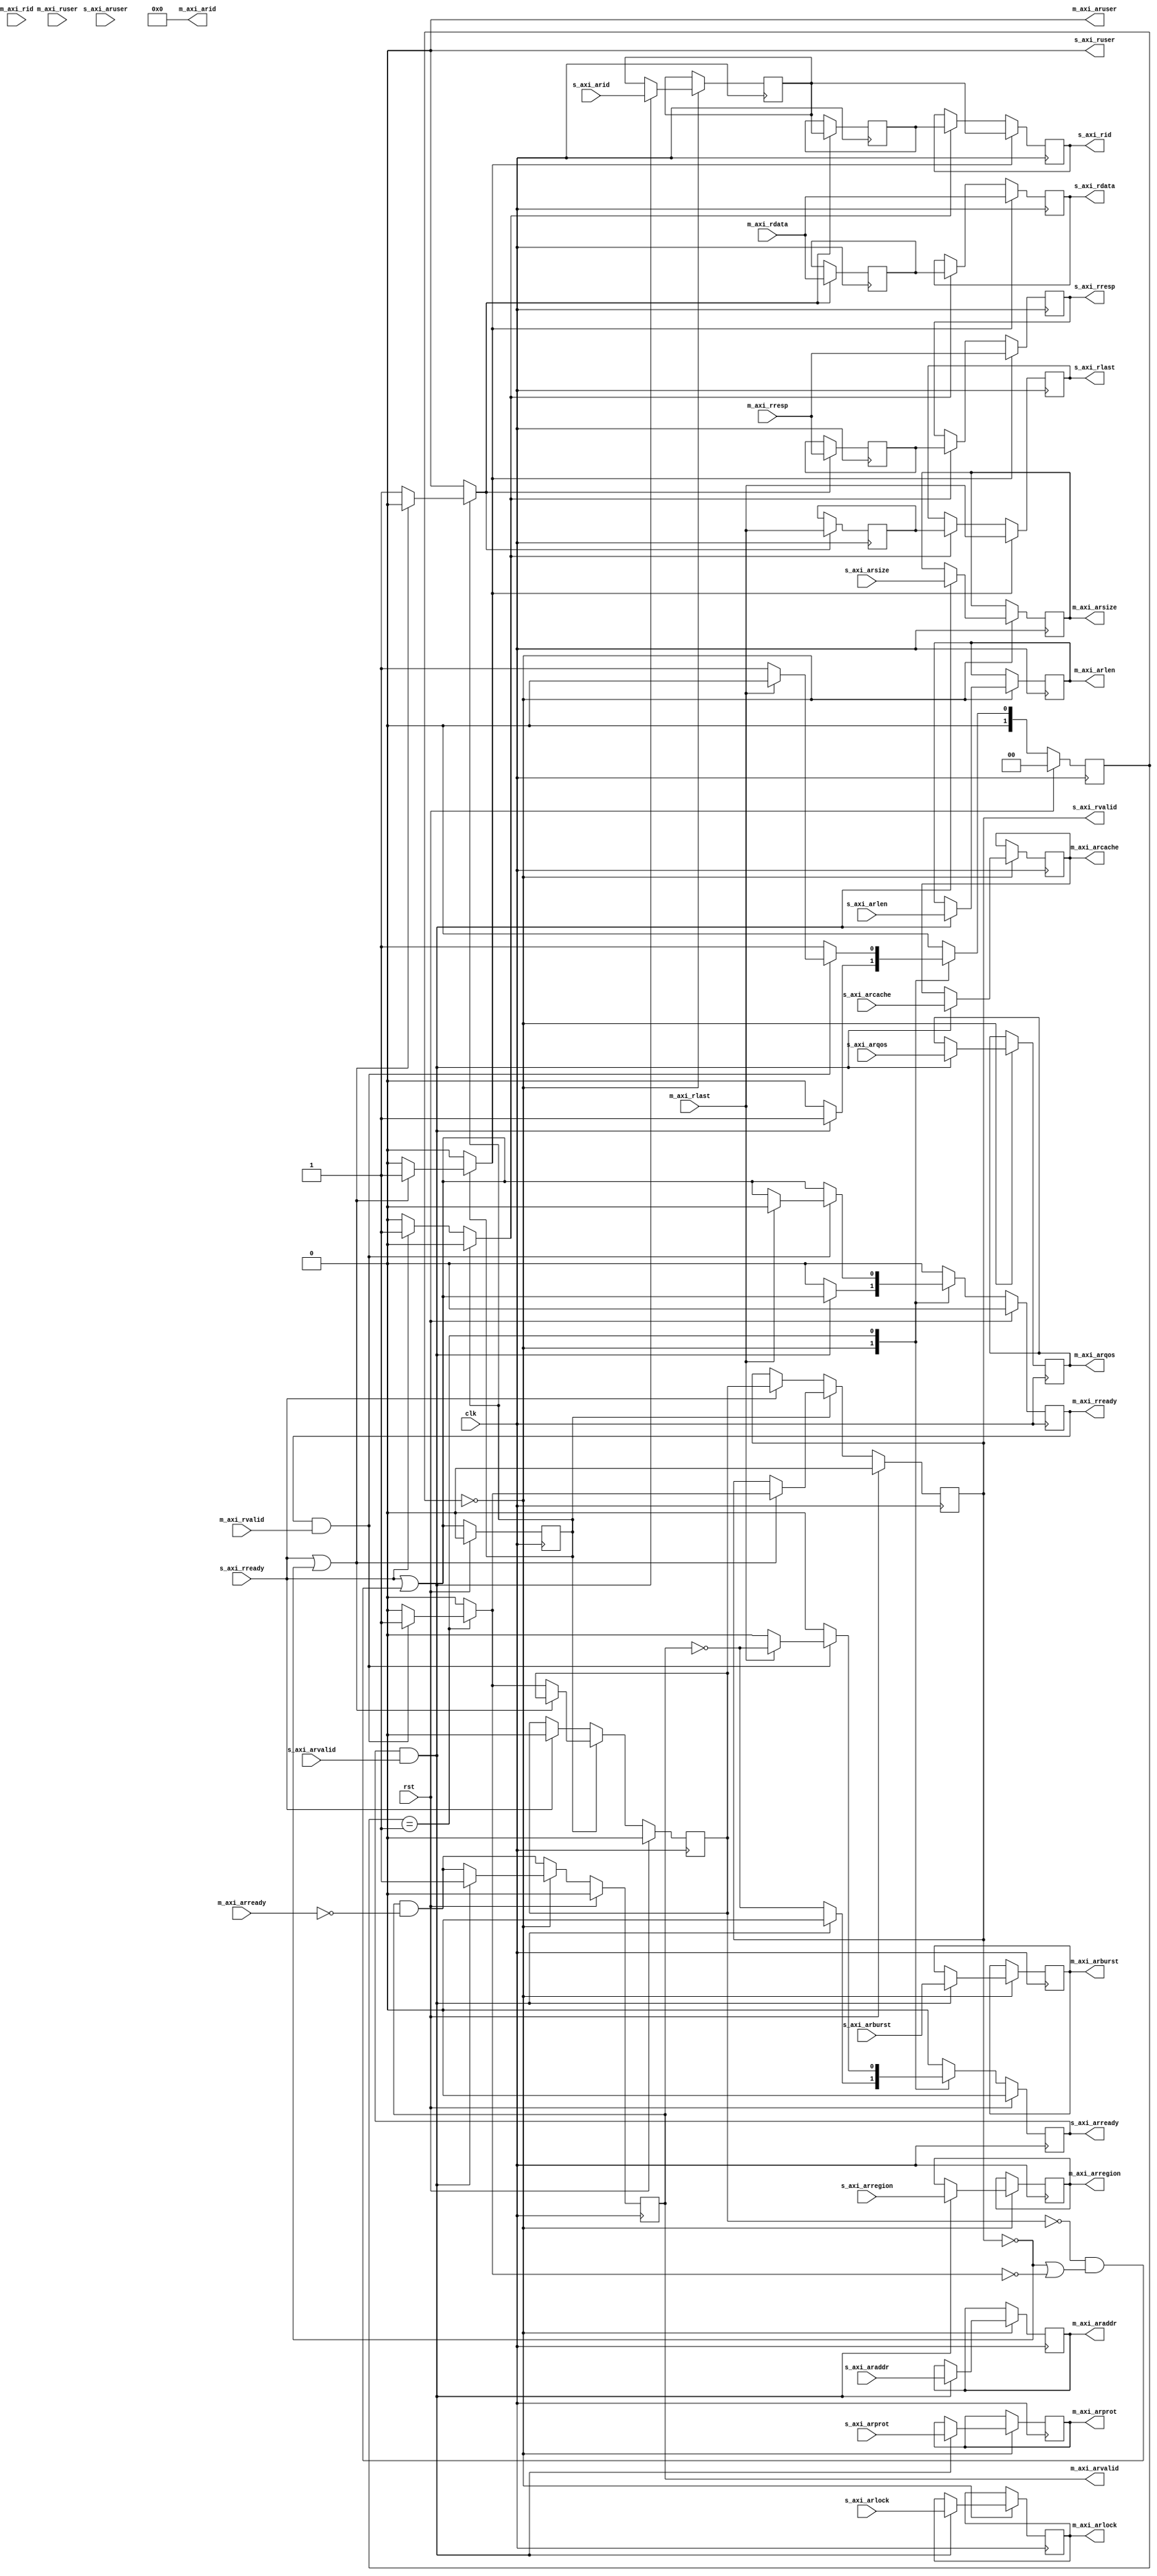
/*

Copyright (c) 2018 Alex Forencich

Permission is hereby granted, free of charge, to any person obtaining a copy
of this software and associated documentation files (the "Software"), to deal
in the Software without restriction, including without limitation the rights
to use, copy, modify, merge, publish, distribute, sublicense, and/or sell
copies of the Software, and to permit persons to whom the Software is
furnished to do so, subject to the following conditions:

The above copyright notice and this permission notice shall be included in
all copies or substantial portions of the Software.

THE SOFTWARE IS PROVIDED "AS IS", WITHOUT WARRANTY OF ANY KIND, EXPRESS OR
IMPLIED, INCLUDING BUT NOT LIMITED TO THE WARRANTIES OF MERCHANTABILITY
FITNESS FOR A PARTICULAR PURPOSE AND NONINFRINGEMENT. IN NO EVENT SHALL THE
AUTHORS OR COPYRIGHT HOLDERS BE LIABLE FOR ANY CLAIM, DAMAGES OR OTHER
LIABILITY, WHETHER IN AN ACTION OF CONTRACT, TORT OR OTHERWISE, ARISING FROM,
OUT OF OR IN CONNECTION WITH THE SOFTWARE OR THE USE OR OTHER DEALINGS IN
THE SOFTWARE.

*/

// Language: Verilog 2001

`timescale 1ns / 1ps

/*
 * AXI4 width adapter
 */
module axi_adapter_rd #
(
    // Width of address bus in bits
    parameter ADDR_WIDTH = 32,
    // Width of input (slave) interface data bus in bits
    parameter S_DATA_WIDTH = 32,
    // Width of input (slave) interface wstrb (width of data bus in words)
    parameter S_STRB_WIDTH = (S_DATA_WIDTH/8),
    // Width of output (master) interface data bus in bits
    parameter M_DATA_WIDTH = 32,
    // Width of output (master) interface wstrb (width of data bus in words)
    parameter M_STRB_WIDTH = (M_DATA_WIDTH/8),
    // Width of ID signal
    parameter ID_WIDTH = 8,
    // Propagate aruser signal
    parameter ARUSER_ENABLE = 0,
    // Width of aruser signal
    parameter ARUSER_WIDTH = 1,
    // Propagate ruser signal
    parameter RUSER_ENABLE = 0,
    // Width of ruser signal
    parameter RUSER_WIDTH = 1,
    // When adapting to a wider bus, re-pack full-width burst instead of passing through narrow burst if possible
    parameter CONVERT_BURST = 1,
    // When adapting to a wider bus, re-pack all bursts instead of passing through narrow burst if possible
    parameter CONVERT_NARROW_BURST = 0,
    // Forward ID through adapter
    parameter FORWARD_ID = 0
)
(
    input  wire                     clk,
    input  wire                     rst,

    /*
     * AXI slave interface
     */
    input  wire [ID_WIDTH-1:0]      s_axi_arid,
    input  wire [ADDR_WIDTH-1:0]    s_axi_araddr,
    input  wire [7:0]               s_axi_arlen,
    input  wire [2:0]               s_axi_arsize,
    input  wire [1:0]               s_axi_arburst,
    input  wire                     s_axi_arlock,
    input  wire [3:0]               s_axi_arcache,
    input  wire [2:0]               s_axi_arprot,
    input  wire [3:0]               s_axi_arqos,
    input  wire [3:0]               s_axi_arregion,
    input  wire [ARUSER_WIDTH-1:0]  s_axi_aruser,
    input  wire                     s_axi_arvalid,
    output wire                     s_axi_arready,
    output wire [ID_WIDTH-1:0]      s_axi_rid,
    output wire [S_DATA_WIDTH-1:0]  s_axi_rdata,
    output wire [1:0]               s_axi_rresp,
    output wire                     s_axi_rlast,
    output wire [RUSER_WIDTH-1:0]   s_axi_ruser,
    output wire                     s_axi_rvalid,
    input  wire                     s_axi_rready,

    /*
     * AXI master interface
     */
    output wire [ID_WIDTH-1:0]      m_axi_arid,
    output wire [ADDR_WIDTH-1:0]    m_axi_araddr,
    output wire [7:0]               m_axi_arlen,
    output wire [2:0]               m_axi_arsize,
    output wire [1:0]               m_axi_arburst,
    output wire                     m_axi_arlock,
    output wire [3:0]               m_axi_arcache,
    output wire [2:0]               m_axi_arprot,
    output wire [3:0]               m_axi_arqos,
    output wire [3:0]               m_axi_arregion,
    output wire [ARUSER_WIDTH-1:0]  m_axi_aruser,
    output wire                     m_axi_arvalid,
    input  wire                     m_axi_arready,
    input  wire [ID_WIDTH-1:0]      m_axi_rid,
    input  wire [M_DATA_WIDTH-1:0]  m_axi_rdata,
    input  wire [1:0]               m_axi_rresp,
    input  wire                     m_axi_rlast,
    input  wire [RUSER_WIDTH-1:0]   m_axi_ruser,
    input  wire                     m_axi_rvalid,
    output wire                     m_axi_rready
);

parameter S_ADDR_BIT_OFFSET = $clog2(S_STRB_WIDTH);
parameter M_ADDR_BIT_OFFSET = $clog2(M_STRB_WIDTH);
parameter S_WORD_WIDTH = S_STRB_WIDTH;
parameter M_WORD_WIDTH = M_STRB_WIDTH;
parameter S_WORD_SIZE = S_DATA_WIDTH/S_WORD_WIDTH;
parameter M_WORD_SIZE = M_DATA_WIDTH/M_WORD_WIDTH;
parameter S_BURST_SIZE = $clog2(S_STRB_WIDTH);
parameter M_BURST_SIZE = $clog2(M_STRB_WIDTH);

// output bus is wider
parameter EXPAND = M_STRB_WIDTH > S_STRB_WIDTH;
parameter DATA_WIDTH = EXPAND ? M_DATA_WIDTH : S_DATA_WIDTH;
parameter STRB_WIDTH = EXPAND ? M_STRB_WIDTH : S_STRB_WIDTH;
// required number of segments in wider bus
parameter SEGMENT_COUNT = EXPAND ? (M_STRB_WIDTH / S_STRB_WIDTH) : (S_STRB_WIDTH / M_STRB_WIDTH);
// data width and keep width per segment
parameter SEGMENT_DATA_WIDTH = DATA_WIDTH / SEGMENT_COUNT;
parameter SEGMENT_STRB_WIDTH = STRB_WIDTH / SEGMENT_COUNT;

// bus width assertions
initial begin
    if (S_WORD_SIZE * S_STRB_WIDTH != S_DATA_WIDTH) begin
        $error("Error: AXI slave interface data width not evenly divisble (instance %m)");
        $finish;
    end

    if (M_WORD_SIZE * M_STRB_WIDTH != M_DATA_WIDTH) begin
        $error("Error: AXI master interface data width not evenly divisble (instance %m)");
        $finish;
    end

    if (S_WORD_SIZE != M_WORD_SIZE) begin
        $error("Error: word size mismatch (instance %m)");
        $finish;
    end

    if (2**$clog2(S_WORD_WIDTH) != S_WORD_WIDTH) begin
        $error("Error: AXI slave interface word width must be even power of two (instance %m)");
        $finish;
    end

    if (2**$clog2(M_WORD_WIDTH) != M_WORD_WIDTH) begin
        $error("Error: AXI master interface word width must be even power of two (instance %m)");
        $finish;
    end
end

localparam [1:0]
    STATE_IDLE = 2'd0,
    STATE_DATA = 2'd1,
    STATE_DATA_READ = 2'd2,
    STATE_DATA_SPLIT = 2'd3;

reg [1:0] state_reg = STATE_IDLE, state_next;

reg [ID_WIDTH-1:0] id_reg = {ID_WIDTH{1'b0}}, id_next;
reg [ADDR_WIDTH-1:0] addr_reg = {ADDR_WIDTH{1'b0}}, addr_next;
reg [DATA_WIDTH-1:0] data_reg = {DATA_WIDTH{1'b0}}, data_next;
reg [1:0] resp_reg = 2'd0, resp_next;
reg [RUSER_WIDTH-1:0] ruser_reg = {RUSER_WIDTH{1'b0}}, ruser_next;
reg [7:0] burst_reg = 8'd0, burst_next;
reg [2:0] burst_size_reg = 3'd0, burst_size_next;
reg [7:0] master_burst_reg = 8'd0, master_burst_next;
reg [2:0] master_burst_size_reg = 3'd0, master_burst_size_next;

reg s_axi_arready_reg = 1'b0, s_axi_arready_next;

reg [ID_WIDTH-1:0] m_axi_arid_reg = {ID_WIDTH{1'b0}}, m_axi_arid_next;
reg [ADDR_WIDTH-1:0] m_axi_araddr_reg = {ADDR_WIDTH{1'b0}}, m_axi_araddr_next;
reg [7:0] m_axi_arlen_reg = 8'd0, m_axi_arlen_next;
reg [2:0] m_axi_arsize_reg = 3'd0, m_axi_arsize_next;
reg [1:0] m_axi_arburst_reg = 2'd0, m_axi_arburst_next;
reg m_axi_arlock_reg = 1'b0, m_axi_arlock_next;
reg [3:0] m_axi_arcache_reg = 4'd0, m_axi_arcache_next;
reg [2:0] m_axi_arprot_reg = 3'd0, m_axi_arprot_next;
reg [3:0] m_axi_arqos_reg = 4'd0, m_axi_arqos_next;
reg [3:0] m_axi_arregion_reg = 4'd0, m_axi_arregion_next;
reg [ARUSER_WIDTH-1:0] m_axi_aruser_reg = {ARUSER_WIDTH{1'b0}}, m_axi_aruser_next;
reg m_axi_arvalid_reg = 1'b0, m_axi_arvalid_next;
reg m_axi_rready_reg = 1'b0, m_axi_rready_next;

// internal datapath
reg  [ID_WIDTH-1:0]     s_axi_rid_int;
reg  [S_DATA_WIDTH-1:0] s_axi_rdata_int;
reg  [1:0]              s_axi_rresp_int;
reg                     s_axi_rlast_int;
reg  [RUSER_WIDTH-1:0]  s_axi_ruser_int;
reg                     s_axi_rvalid_int;
reg                     s_axi_rready_int_reg = 1'b0;
wire                    s_axi_rready_int_early;

assign s_axi_arready = s_axi_arready_reg;

assign m_axi_arid = FORWARD_ID ? m_axi_arid_reg : {ID_WIDTH{1'b0}};
assign m_axi_araddr = m_axi_araddr_reg;
assign m_axi_arlen = m_axi_arlen_reg;
assign m_axi_arsize = m_axi_arsize_reg;
assign m_axi_arburst = m_axi_arburst_reg;
assign m_axi_arlock = m_axi_arlock_reg;
assign m_axi_arcache = m_axi_arcache_reg;
assign m_axi_arprot = m_axi_arprot_reg;
assign m_axi_arqos = m_axi_arqos_reg;
assign m_axi_arregion = m_axi_arregion_reg;
assign m_axi_aruser = ARUSER_ENABLE ? m_axi_aruser_reg : {ARUSER_WIDTH{1'b0}};
assign m_axi_arvalid = m_axi_arvalid_reg;
assign m_axi_rready = m_axi_rready_reg;

always @* begin
    state_next = STATE_IDLE;

    id_next = id_reg;
    addr_next = addr_reg;
    data_next = data_reg;
    resp_next = resp_reg;
    ruser_next = ruser_reg;
    burst_next = burst_reg;
    burst_size_next = burst_size_reg;
    master_burst_next = master_burst_reg;
    master_burst_size_next = master_burst_size_reg;

    s_axi_arready_next = 1'b0;
    m_axi_arid_next = m_axi_arid_reg;
    m_axi_araddr_next = m_axi_araddr_reg;
    m_axi_arlen_next = m_axi_arlen_reg;
    m_axi_arsize_next = m_axi_arsize_reg;
    m_axi_arburst_next = m_axi_arburst_reg;
    m_axi_arlock_next = m_axi_arlock_reg;
    m_axi_arcache_next = m_axi_arcache_reg;
    m_axi_arprot_next = m_axi_arprot_reg;
    m_axi_arqos_next = m_axi_arqos_reg;
    m_axi_arregion_next = m_axi_arregion_reg;
    m_axi_aruser_next = m_axi_aruser_reg;
    m_axi_arvalid_next = m_axi_arvalid_reg && !m_axi_arready;
    m_axi_rready_next = 1'b0;

    if (SEGMENT_COUNT == 1) begin
        // master output is same width; direct transfer with no splitting/merging
        s_axi_rid_int = id_reg;
        s_axi_rdata_int = m_axi_rdata;
        s_axi_rresp_int = m_axi_rresp;
        s_axi_rlast_int = m_axi_rlast;
        s_axi_ruser_int = m_axi_ruser;
        s_axi_rvalid_int = 0;

        case (state_reg)
            STATE_IDLE: begin
                // idle state; wait for new burst
                s_axi_arready_next = !m_axi_arvalid;

                if (s_axi_arready && s_axi_arvalid) begin
                    s_axi_arready_next = 1'b0;
                    id_next = s_axi_arid;
                    m_axi_arid_next = s_axi_arid;
                    m_axi_araddr_next = s_axi_araddr;
                    m_axi_arlen_next = s_axi_arlen;
                    m_axi_arsize_next = s_axi_arsize;
                    m_axi_arburst_next = s_axi_arburst;
                    m_axi_arlock_next = s_axi_arlock;
                    m_axi_arcache_next = s_axi_arcache;
                    m_axi_arprot_next = s_axi_arprot;
                    m_axi_arqos_next = s_axi_arqos;
                    m_axi_arregion_next = s_axi_arregion;
                    m_axi_aruser_next = s_axi_aruser;
                    m_axi_arvalid_next = 1'b1;
                    m_axi_rready_next = s_axi_rready_int_early;
                    state_next = STATE_DATA;
                end else begin
                    state_next = STATE_IDLE;
                end
            end
            STATE_DATA: begin
                // data state; transfer read data
                m_axi_rready_next = s_axi_rready_int_early;

                if (m_axi_rready && m_axi_rvalid) begin
                    s_axi_rid_int = id_reg;
                    s_axi_rdata_int = m_axi_rdata;
                    s_axi_rresp_int = m_axi_rresp;
                    s_axi_rlast_int = m_axi_rlast;
                    s_axi_ruser_int = m_axi_ruser;
                    s_axi_rvalid_int = 1'b1;
                    if (m_axi_rlast) begin
                        // last data word, return to idle
                        m_axi_rready_next = 1'b0;
                        s_axi_arready_next = !m_axi_arvalid;
                        state_next = STATE_IDLE;
                    end else begin
                        state_next = STATE_DATA;
                    end
                end else begin
                    state_next = STATE_DATA;
                end
            end
        endcase
    end else if (EXPAND) begin
        // master output is wider; split reads
        s_axi_rid_int = id_reg;
        s_axi_rdata_int = m_axi_rdata;
        s_axi_rresp_int = m_axi_rresp;
        s_axi_rlast_int = m_axi_rlast;
        s_axi_ruser_int = m_axi_ruser;
        s_axi_rvalid_int = 0;

        case (state_reg)
            STATE_IDLE: begin
                // idle state; wait for new burst
                s_axi_arready_next = !m_axi_arvalid;

                if (s_axi_arready && s_axi_arvalid) begin
                    s_axi_arready_next = 1'b0;
                    id_next = s_axi_arid;
                    m_axi_arid_next = s_axi_arid;
                    m_axi_araddr_next = s_axi_araddr;
                    addr_next = s_axi_araddr;
                    burst_next = s_axi_arlen;
                    burst_size_next = s_axi_arsize;
                    if (CONVERT_BURST && s_axi_arcache[1] && (CONVERT_NARROW_BURST || s_axi_arsize == S_BURST_SIZE)) begin
                        // split reads
                        // require CONVERT_BURST and arcache[1] set
                        master_burst_size_next = M_BURST_SIZE;
                        if (CONVERT_NARROW_BURST) begin
                            m_axi_arlen_next = (({{S_ADDR_BIT_OFFSET+1{1'b0}}, s_axi_arlen} << s_axi_arsize) + s_axi_araddr[M_ADDR_BIT_OFFSET-1:0]) >> M_BURST_SIZE;
                        end else begin
                            m_axi_arlen_next = ({1'b0, s_axi_arlen} + s_axi_araddr[M_ADDR_BIT_OFFSET-1:S_ADDR_BIT_OFFSET]) >> $clog2(SEGMENT_COUNT);
                        end
                        m_axi_arsize_next = M_BURST_SIZE;
                        state_next = STATE_DATA_READ;
                    end else begin
                        // output narrow burst
                        master_burst_size_next = s_axi_arsize;
                        m_axi_arlen_next = s_axi_arlen;
                        m_axi_arsize_next = s_axi_arsize;
                        state_next = STATE_DATA;
                    end
                    m_axi_arburst_next = s_axi_arburst;
                    m_axi_arlock_next = s_axi_arlock;
                    m_axi_arcache_next = s_axi_arcache;
                    m_axi_arprot_next = s_axi_arprot;
                    m_axi_arqos_next = s_axi_arqos;
                    m_axi_arregion_next = s_axi_arregion;
                    m_axi_aruser_next = s_axi_aruser;
                    m_axi_arvalid_next = 1'b1;
                    m_axi_rready_next = s_axi_rready_int_early;
                end else begin
                    state_next = STATE_IDLE;
                end
            end
            STATE_DATA: begin
                m_axi_rready_next = s_axi_rready_int_early;

                if (m_axi_rready && m_axi_rvalid) begin
                    s_axi_rid_int = id_reg;
                    s_axi_rdata_int = m_axi_rdata >> (addr_reg[M_ADDR_BIT_OFFSET-1:S_ADDR_BIT_OFFSET] * S_DATA_WIDTH);
                    s_axi_rresp_int = m_axi_rresp;
                    s_axi_rlast_int = m_axi_rlast;
                    s_axi_ruser_int = m_axi_ruser;
                    s_axi_rvalid_int = 1'b1;
                    addr_next = addr_reg + (1 << burst_size_reg);
                    if (m_axi_rlast) begin
                        m_axi_rready_next = 1'b0;
                        s_axi_arready_next = !m_axi_arvalid;
                        state_next = STATE_IDLE;
                    end else begin
                        state_next = STATE_DATA;
                    end
                end else begin
                    state_next = STATE_DATA;
                end
            end
            STATE_DATA_READ: begin
                m_axi_rready_next = s_axi_rready_int_early;

                if (m_axi_rready && m_axi_rvalid) begin
                    s_axi_rid_int = id_reg;
                    data_next = m_axi_rdata;
                    resp_next = m_axi_rresp;
                    ruser_next = m_axi_ruser;
                    s_axi_rdata_int = m_axi_rdata >> (addr_reg[M_ADDR_BIT_OFFSET-1:S_ADDR_BIT_OFFSET] * S_DATA_WIDTH);
                    s_axi_rresp_int = m_axi_rresp;
                    s_axi_rlast_int = 1'b0;
                    s_axi_ruser_int = m_axi_ruser;
                    s_axi_rvalid_int = 1'b1;
                    burst_next = burst_reg - 1;
                    addr_next = addr_reg + (1 << burst_size_reg);
                    if (burst_reg == 0) begin
                        m_axi_rready_next = 1'b0;
                        s_axi_arready_next = !m_axi_arvalid;
                        s_axi_rlast_int = 1'b1;
                        state_next = STATE_IDLE;
                    end else if (addr_next[master_burst_size_reg] != addr_reg[master_burst_size_reg]) begin
                        state_next = STATE_DATA_READ;
                    end else begin
                        m_axi_rready_next = 1'b0;
                        state_next = STATE_DATA_SPLIT;
                    end
                end else begin
                    state_next = STATE_DATA_READ;
                end
            end
            STATE_DATA_SPLIT: begin
                m_axi_rready_next = 1'b0;

                if (s_axi_rready_int_reg) begin
                    s_axi_rid_int = id_reg;
                    s_axi_rdata_int = data_reg >> (addr_reg[M_ADDR_BIT_OFFSET-1:S_ADDR_BIT_OFFSET] * S_DATA_WIDTH);
                    s_axi_rresp_int = resp_reg;
                    s_axi_rlast_int = 1'b0;
                    s_axi_ruser_int = ruser_reg;
                    s_axi_rvalid_int = 1'b1;
                    burst_next = burst_reg - 1;
                    addr_next = addr_reg + (1 << burst_size_reg);
                    if (burst_reg == 0) begin
                        s_axi_arready_next = !m_axi_arvalid;
                        s_axi_rlast_int = 1'b1;
                        state_next = STATE_IDLE;
                    end else if (addr_next[master_burst_size_reg] != addr_reg[master_burst_size_reg]) begin
                        m_axi_rready_next = s_axi_rready_int_early;
                        state_next = STATE_DATA_READ;
                    end else begin
                        state_next = STATE_DATA_SPLIT;
                    end
                end else begin
                    state_next = STATE_DATA_SPLIT;
                end
            end
        endcase
    end else begin
        // master output is narrower; merge reads and possibly split burst
        s_axi_rid_int = id_reg;
        s_axi_rdata_int = data_reg;
        s_axi_rresp_int = resp_reg;
        s_axi_rlast_int = 1'b0;
        s_axi_ruser_int = m_axi_ruser;
        s_axi_rvalid_int = 0;

        case (state_reg)
            STATE_IDLE: begin
                // idle state; wait for new burst
                s_axi_arready_next = !m_axi_arvalid;

                resp_next = 2'd0;

                if (s_axi_arready && s_axi_arvalid) begin
                    s_axi_arready_next = 1'b0;
                    id_next = s_axi_arid;
                    m_axi_arid_next = s_axi_arid;
                    m_axi_araddr_next = s_axi_araddr;
                    addr_next = s_axi_araddr;
                    burst_next = s_axi_arlen;
                    burst_size_next = s_axi_arsize;
                    if (s_axi_arsize > M_BURST_SIZE) begin
                        // need to adjust burst size
                        if ({s_axi_arlen, {S_BURST_SIZE-M_BURST_SIZE{1'b1}}} >> (S_BURST_SIZE-s_axi_arsize) > 255) begin
                            // limit burst length to max
                            master_burst_next = 8'd255;
                        end else begin
                            master_burst_next = {s_axi_arlen, {S_BURST_SIZE-M_BURST_SIZE{1'b1}}} >> (S_BURST_SIZE-s_axi_arsize);
                        end
                        master_burst_size_next = M_BURST_SIZE;
                        m_axi_arlen_next = master_burst_next;
                        m_axi_arsize_next = master_burst_size_next;
                    end else begin
                        // pass through narrow (enough) burst
                        master_burst_next = s_axi_arlen;
                        master_burst_size_next = s_axi_arsize;
                        m_axi_arlen_next = s_axi_arlen;
                        m_axi_arsize_next = s_axi_arsize;
                    end
                    m_axi_arburst_next = s_axi_arburst;
                    m_axi_arlock_next = s_axi_arlock;
                    m_axi_arcache_next = s_axi_arcache;
                    m_axi_arprot_next = s_axi_arprot;
                    m_axi_arqos_next = s_axi_arqos;
                    m_axi_arregion_next = s_axi_arregion;
                    m_axi_aruser_next = s_axi_aruser;
                    m_axi_arvalid_next = 1'b1;
                    m_axi_rready_next = 1'b0;
                    state_next = STATE_DATA;
                end else begin
                    state_next = STATE_IDLE;
                end
            end
            STATE_DATA: begin
                m_axi_rready_next = s_axi_rready_int_early && !m_axi_arvalid;

                if (m_axi_rready && m_axi_rvalid) begin
                    data_next[addr_reg[S_ADDR_BIT_OFFSET-1:M_ADDR_BIT_OFFSET]*SEGMENT_DATA_WIDTH +: SEGMENT_DATA_WIDTH] = m_axi_rdata;
                    if (m_axi_rresp) begin
                        resp_next = m_axi_rresp;
                    end
                    s_axi_rid_int = id_reg;
                    s_axi_rdata_int = data_next;
                    s_axi_rresp_int = resp_next;
                    s_axi_rlast_int = 1'b0;
                    s_axi_ruser_int = m_axi_ruser;
                    s_axi_rvalid_int = 1'b0;
                    master_burst_next = master_burst_reg - 1;
                    addr_next = addr_reg + (1 << master_burst_size_reg);
                    if (addr_next[burst_size_reg] != addr_reg[burst_size_reg]) begin
                        data_next = {DATA_WIDTH{1'b0}};
                        burst_next = burst_reg - 1;
                        s_axi_rvalid_int = 1'b1;
                    end
                    if (master_burst_reg == 0) begin
                        if (burst_reg == 0) begin
                            m_axi_rready_next = 1'b0;
                            s_axi_rlast_int = 1'b1;
                            s_axi_rvalid_int = 1'b1;
                            s_axi_arready_next = !m_axi_arvalid;
                            state_next = STATE_IDLE;
                        end else begin
                            // start new burst
                            m_axi_araddr_next = addr_next;
                            if (burst_size_reg > M_BURST_SIZE) begin
                                // need to adjust burst size
                                if ({burst_next, {S_BURST_SIZE-M_BURST_SIZE{1'b1}}} >> (S_BURST_SIZE-burst_size_reg) > 255) begin
                                    // limit burst length to max
                                    master_burst_next = 8'd255;
                                end else begin
                                    master_burst_next = {burst_next, {S_BURST_SIZE-M_BURST_SIZE{1'b1}}} >> (S_BURST_SIZE-burst_size_reg);
                                end
                                master_burst_size_next = M_BURST_SIZE;
                                m_axi_arlen_next = master_burst_next;
                                m_axi_arsize_next = master_burst_size_next;
                            end else begin
                                // pass through narrow (enough) burst
                                master_burst_next = burst_next;
                                master_burst_size_next = burst_size_reg;
                                m_axi_arlen_next = burst_next;
                                m_axi_arsize_next = burst_size_reg;
                            end
                            m_axi_arvalid_next = 1'b1;
                            m_axi_rready_next = 1'b0;
                            state_next = STATE_DATA;
                        end
                    end else begin
                        state_next = STATE_DATA;
                    end
                end else begin
                    state_next = STATE_DATA;
                end
            end
        endcase
    end
end

always @(posedge clk) begin
    state_reg <= state_next;

    id_reg <= id_next;
    addr_reg <= addr_next;
    data_reg <= data_next;
    resp_reg <= resp_next;
    ruser_reg <= ruser_next;
    burst_reg <= burst_next;
    burst_size_reg <= burst_size_next;
    master_burst_reg <= master_burst_next;
    master_burst_size_reg <= master_burst_size_next;

    s_axi_arready_reg <= s_axi_arready_next;

    m_axi_arid_reg <= m_axi_arid_next;
    m_axi_araddr_reg <= m_axi_araddr_next;
    m_axi_arlen_reg <= m_axi_arlen_next;
    m_axi_arsize_reg <= m_axi_arsize_next;
    m_axi_arburst_reg <= m_axi_arburst_next;
    m_axi_arlock_reg <= m_axi_arlock_next;
    m_axi_arcache_reg <= m_axi_arcache_next;
    m_axi_arprot_reg <= m_axi_arprot_next;
    m_axi_arqos_reg <= m_axi_arqos_next;
    m_axi_arregion_reg <= m_axi_arregion_next;
    m_axi_aruser_reg <= m_axi_aruser_next;
    m_axi_arvalid_reg <= m_axi_arvalid_next;
    m_axi_rready_reg <= m_axi_rready_next;

    if (rst) begin
        state_reg <= STATE_IDLE;

        s_axi_arready_reg <= 1'b0;

        m_axi_arvalid_reg <= 1'b0;
        m_axi_rready_reg <= 1'b0;
    end
end

// output datapath logic
reg [ID_WIDTH-1:0]     s_axi_rid_reg    = {ID_WIDTH{1'b0}};
reg [S_DATA_WIDTH-1:0] s_axi_rdata_reg  = {S_DATA_WIDTH{1'b0}};
reg [1:0]              s_axi_rresp_reg  = 2'd0;
reg                    s_axi_rlast_reg  = 1'b0;
reg [RUSER_WIDTH-1:0]  s_axi_ruser_reg  = 1'b0;
reg                    s_axi_rvalid_reg = 1'b0, s_axi_rvalid_next;

reg [ID_WIDTH-1:0]     temp_s_axi_rid_reg    = {ID_WIDTH{1'b0}};
reg [S_DATA_WIDTH-1:0] temp_s_axi_rdata_reg  = {S_DATA_WIDTH{1'b0}};
reg [1:0]              temp_s_axi_rresp_reg  = 2'd0;
reg                    temp_s_axi_rlast_reg  = 1'b0;
reg [RUSER_WIDTH-1:0]  temp_s_axi_ruser_reg  = 1'b0;
reg                    temp_s_axi_rvalid_reg = 1'b0, temp_s_axi_rvalid_next;

// datapath control
reg store_axi_r_int_to_output;
reg store_axi_r_int_to_temp;
reg store_axi_r_temp_to_output;

assign s_axi_rid    = s_axi_rid_reg;
assign s_axi_rdata  = s_axi_rdata_reg;
assign s_axi_rresp  = s_axi_rresp_reg;
assign s_axi_rlast  = s_axi_rlast_reg;
assign s_axi_ruser  = RUSER_ENABLE ? s_axi_ruser_reg : {RUSER_WIDTH{1'b0}};
assign s_axi_rvalid = s_axi_rvalid_reg;

// enable ready input next cycle if output is ready or the temp reg will not be filled on the next cycle (output reg empty or no input)
assign s_axi_rready_int_early = s_axi_rready | (~temp_s_axi_rvalid_reg & (~s_axi_rvalid_reg | ~s_axi_rvalid_int));

always @* begin
    // transfer sink ready state to source
    s_axi_rvalid_next = s_axi_rvalid_reg;
    temp_s_axi_rvalid_next = temp_s_axi_rvalid_reg;

    store_axi_r_int_to_output = 1'b0;
    store_axi_r_int_to_temp = 1'b0;
    store_axi_r_temp_to_output = 1'b0;

    if (s_axi_rready_int_reg) begin
        // input is ready
        if (s_axi_rready | ~s_axi_rvalid_reg) begin
            // output is ready or currently not valid, transfer data to output
            s_axi_rvalid_next = s_axi_rvalid_int;
            store_axi_r_int_to_output = 1'b1;
        end else begin
            // output is not ready, store input in temp
            temp_s_axi_rvalid_next = s_axi_rvalid_int;
            store_axi_r_int_to_temp = 1'b1;
        end
    end else if (s_axi_rready) begin
        // input is not ready, but output is ready
        s_axi_rvalid_next = temp_s_axi_rvalid_reg;
        temp_s_axi_rvalid_next = 1'b0;
        store_axi_r_temp_to_output = 1'b1;
    end
end

always @(posedge clk) begin
    if (rst) begin
        s_axi_rvalid_reg <= 1'b0;
        s_axi_rready_int_reg <= 1'b0;
        temp_s_axi_rvalid_reg <= 1'b0;
    end else begin
        s_axi_rvalid_reg <= s_axi_rvalid_next;
        s_axi_rready_int_reg <= s_axi_rready_int_early;
        temp_s_axi_rvalid_reg <= temp_s_axi_rvalid_next;
    end

    // datapath
    if (store_axi_r_int_to_output) begin
        s_axi_rid_reg <= s_axi_rid_int;
        s_axi_rdata_reg <= s_axi_rdata_int;
        s_axi_rresp_reg <= s_axi_rresp_int;
        s_axi_rlast_reg <= s_axi_rlast_int;
        s_axi_ruser_reg <= s_axi_ruser_int;
    end else if (store_axi_r_temp_to_output) begin
        s_axi_rid_reg <= temp_s_axi_rid_reg;
        s_axi_rdata_reg <= temp_s_axi_rdata_reg;
        s_axi_rresp_reg <= temp_s_axi_rresp_reg;
        s_axi_rlast_reg <= temp_s_axi_rlast_reg;
        s_axi_ruser_reg <= temp_s_axi_ruser_reg;
    end

    if (store_axi_r_int_to_temp) begin
        temp_s_axi_rid_reg <= s_axi_rid_int;
        temp_s_axi_rdata_reg <= s_axi_rdata_int;
        temp_s_axi_rresp_reg <= s_axi_rresp_int;
        temp_s_axi_rlast_reg <= s_axi_rlast_int;
        temp_s_axi_ruser_reg <= s_axi_ruser_int;
    end
end

endmodule